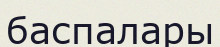
баспалары